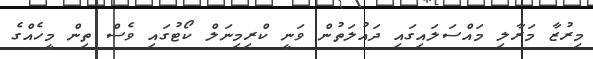
މިރުޒާ މަރާލި މައްސަލައިގައި ދައުލަތުން ވަނީ ކްރިމިނަލް ކޯޓުގައި ވެސް ތިން މީހެއްގެ